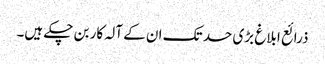
ذرائع ابلاغ بڑی حد تک ان کے آلہ کار بن چکے ہیں۔